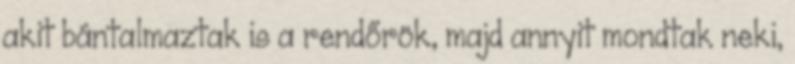
akit bántalmaztak is a rendőrök, majd annyit mondtak neki,